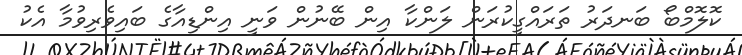
ކޮލޮމްބޯ ބަނދަރު ތަރައްގީކުރަން ލަންކާ އިން ބޭނުން ވަނީ އިންޑިއާގެ ބައިވެރިވުމާ އެކު